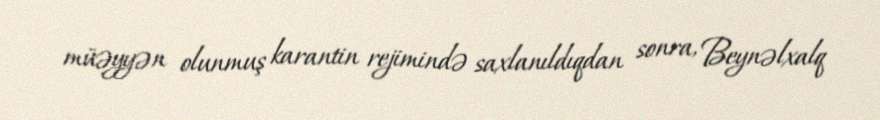
müəyyən olunmuş karantin rejimində saxlanıldıqdan sonra, Beynəlxalq